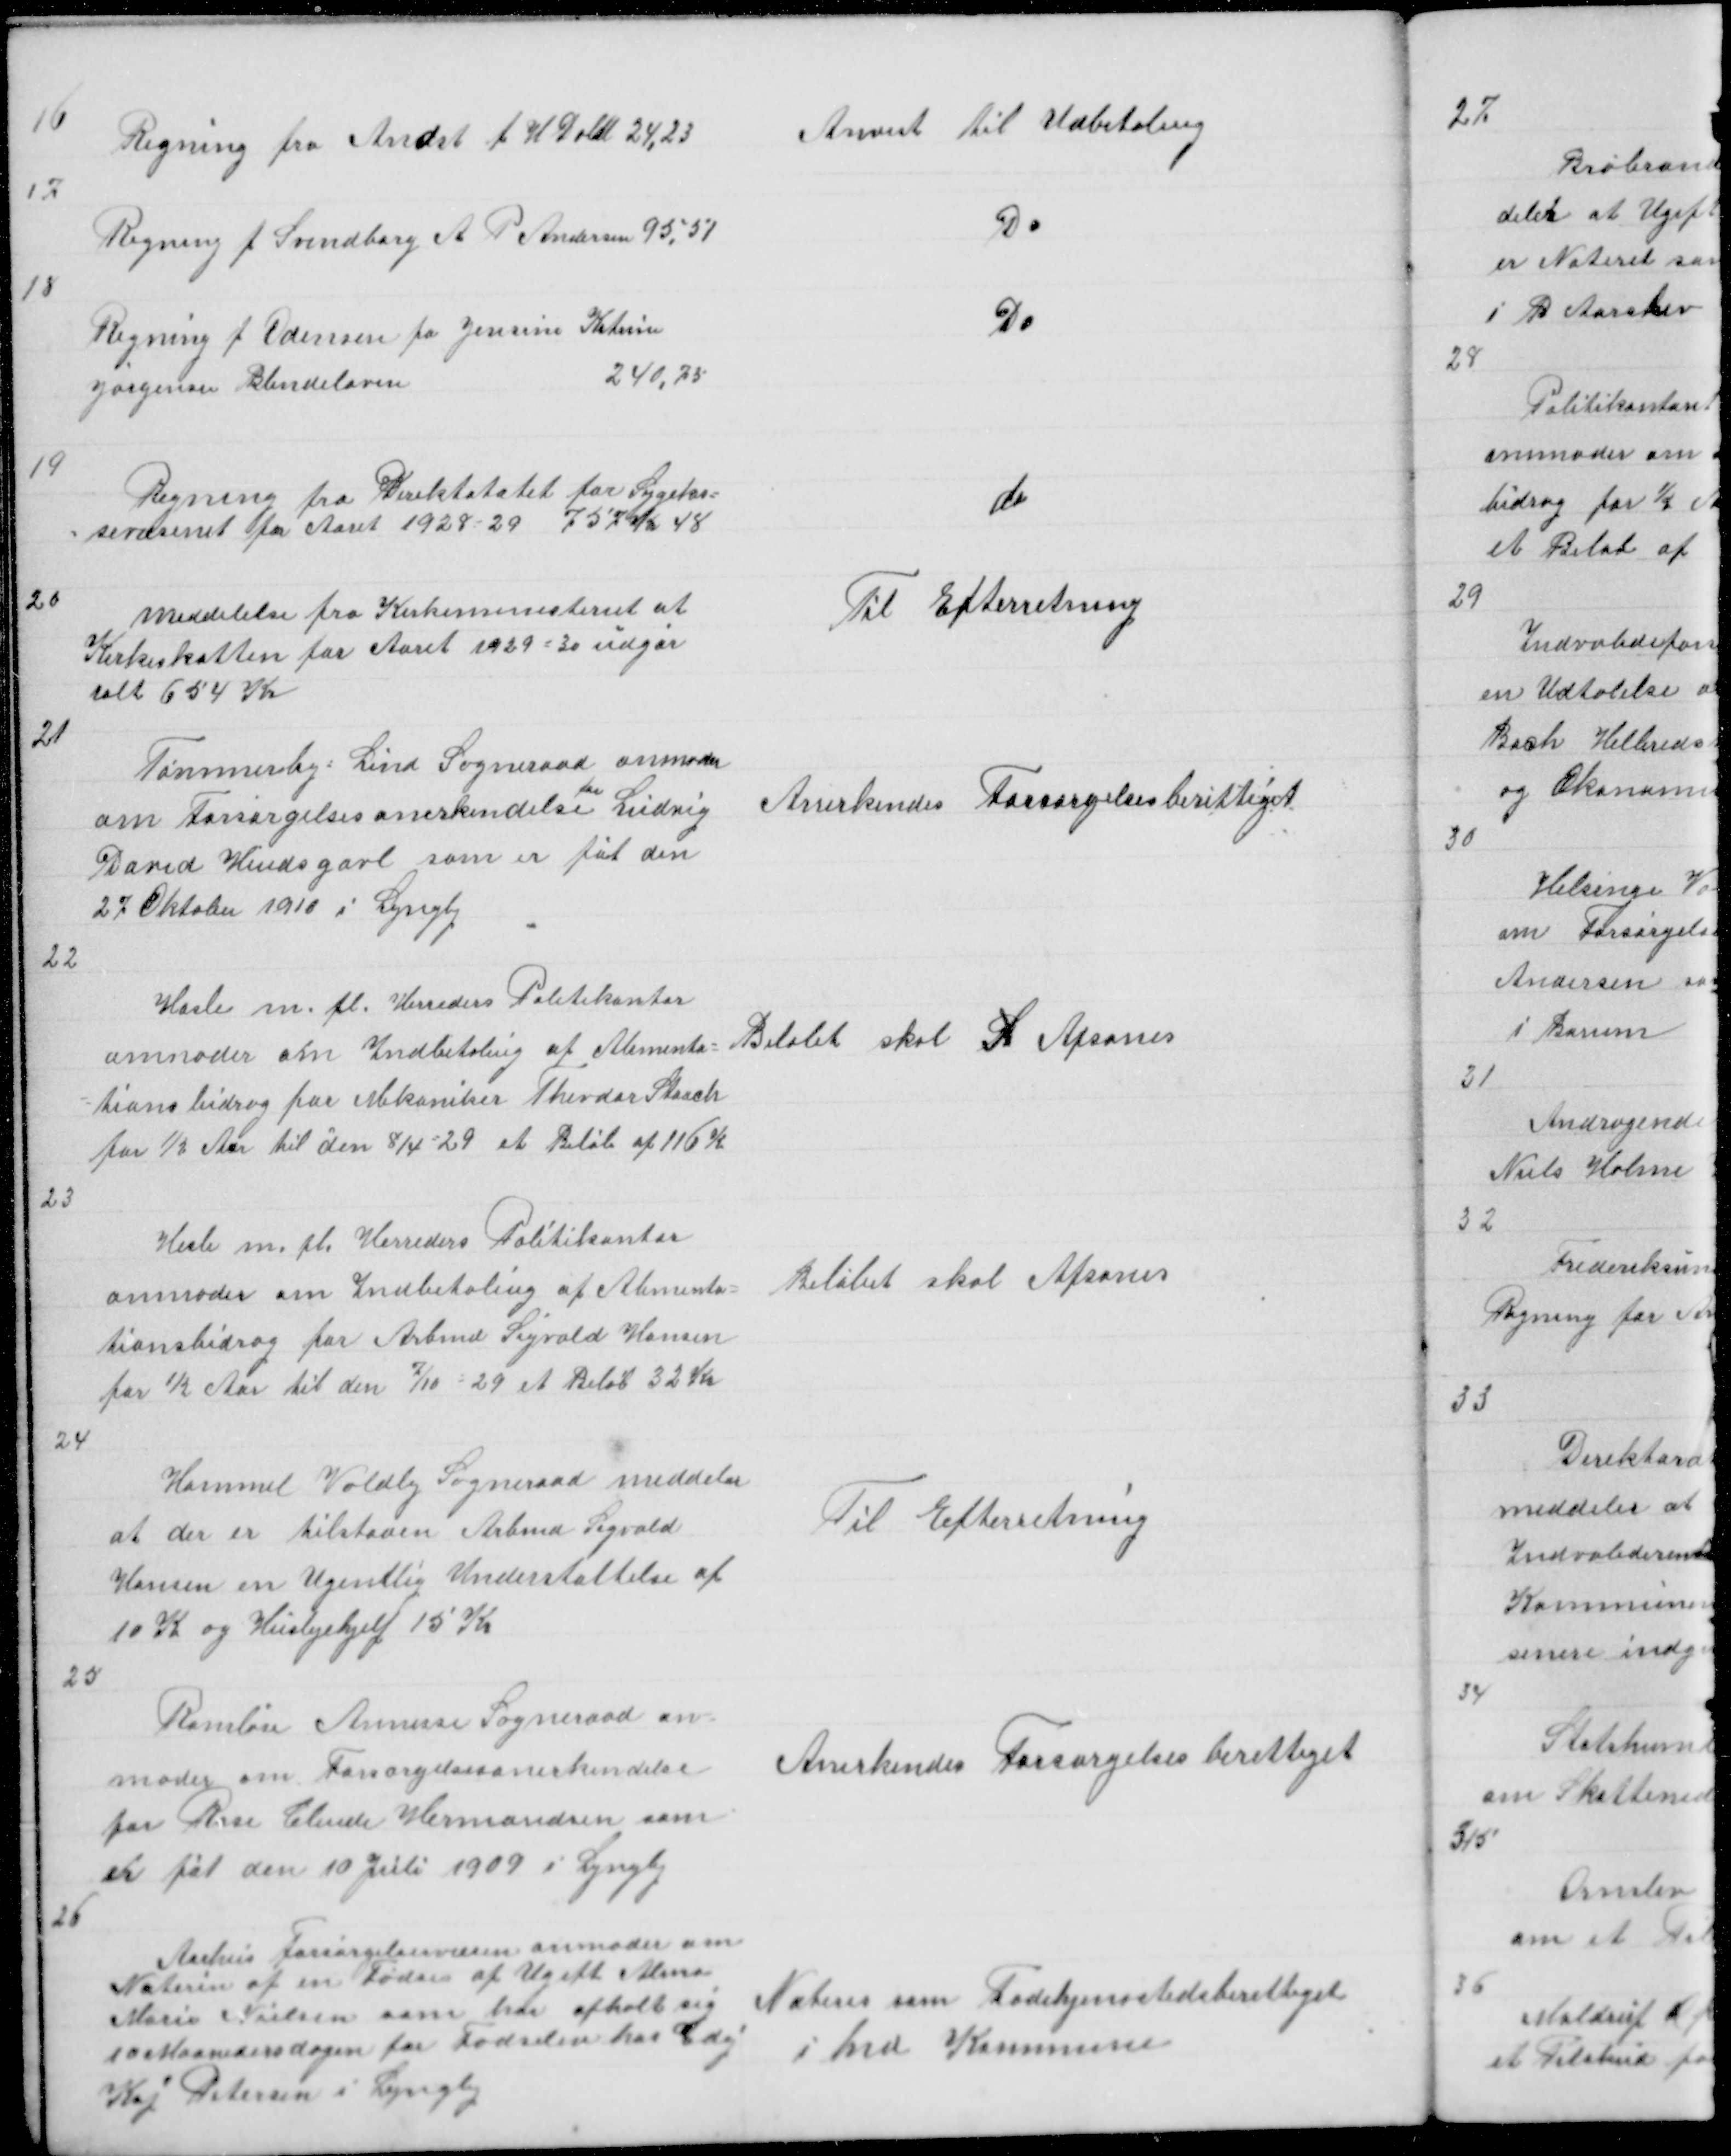
Transskription:
16

Regning fra Andst f H Dahl 24,23

Anvist til Udbetaling

17

Regning f Svendborg A P Andersen 95,51

Do

18

Regning f Odense fo Jensine Katrine
Jørgensen Blindeloven
240,75

Do

19

Regning fra Direktoratet for Sygekas =
= sevæsenet for Aaret 1928 - 29 757 Kr 48

do

20

Meddelelse fra Kirkeministeriet at
Kirkeskatten for Aaret 1929 = 30 uggør
ialt 654 Kr

Til Efterretning

21

Tømmerby = Lind Sogneraadet anmoder
om Forsørgelsesanerkendelse for Ludvig
David Hindsgavl som er føt den
27 Oktober 1910 i Lyngby

Anerkendes Forsørgelsesberettiget

22

Hasle m fl. Herreders Politikontor
anmoder om Indbetaling af Alimenta =
= tionsbidrag for Mekaniker Tevdor Staack
for ½ Aar til den 8/4 - 29 et Beløb af 116 K

Beløbet skal S Afsones

23

Hasle m fl. Herreders Politikontor
anmoder om Indbetaling af Alimenta =
tionsbidrag for Arbmd Sigvald Hansen
for ½ Aar til den 7/10 - 29 et Beløb 32 Kr

Beløbet skal Afsones

24

Hammel Voldby Sogneraad meddeler
at der er tilstaaet Arbmd Sigvald
Hansen en Ugenlig Understøttelse af
10 K og Huslejehjelp 15 kr

Til Efterretning

25

Ramløse Annisse Sogneraad an
moder om Forsørgelsesanerkendelse
for Rose Clinde Hermandsen som
er føt den 10 Juli 1909 i Lyngby

Anerkendes Forsørgelsesberettiget

26

Aarhus Forsørgelsesvæsen anmoder om
Noterin af en Fødsel af Ugift Alina
Marie Nielsen som har opholt sig
10 Maanedersdagen for Fødselen hos Gdej
Kaj Petersen i Lyngby

Noteres som Fødehjemstedsberettiget
i hvd Kommune